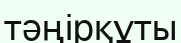
тәңірқұты